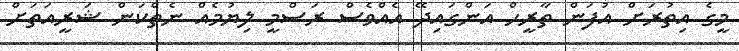
މީގެ އިތުރަށް އުފަން ތާރީހް އަންގައިދޭ އެއްވެސް ރަސްމީ ލިޔުމެއް ނެތްކަން ޝަރީއަތަށް